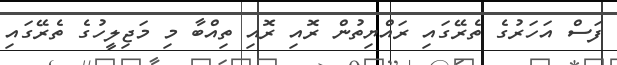
ފަސް އަހަރުގެ ތެރޭގައި ރައްޔިތުން ރޮއި ރޮއި ތިއްބާ މި މަޖިލީހުގެ ތެރޭގައި